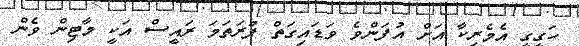
ހަގީގީ އެމެރިކާ އަށް އުފަންވެ ވަޑައިގަތް ފުރަތަމަ ރައީސް އަކީ މާޓިން ވެން